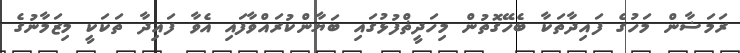
ރަމަޟާން މަހުގެ ފައިދާތަކާ ބެހޭގޮތުން މިހަދީޡްފުޅުގައި ބަޔާންކުރައްވާފައި އެވާ ފައިދާ ތަކަކީ މިޒަމާނުގެ